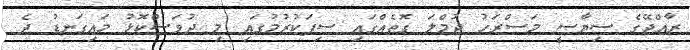
ރާއްޖޭގެ ސިޔާސީ މަސްރަހު ޖުމްލަ ގޮތެއްގައި ސިފަކުރުމުގައި މި ދުވަސްކޮޅު މައިގަނޑު ދެ